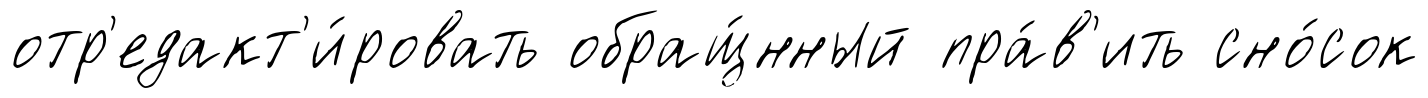
отр'едакт'и́ровать обращ́нный пра́в'ить сно́сок